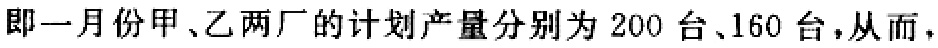
即一月份甲、乙两厂的计划产量分别为 200 台、160 台，从而，